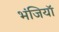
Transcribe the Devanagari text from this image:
भंजियाॅ